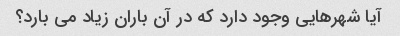
آیا شهرهایی وجود دارد که در آن باران زیاد می بارد؟